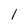
Character: 1